Vaccine operations Central Provinces 1886-1899 - 1886-1899
Year: 1886
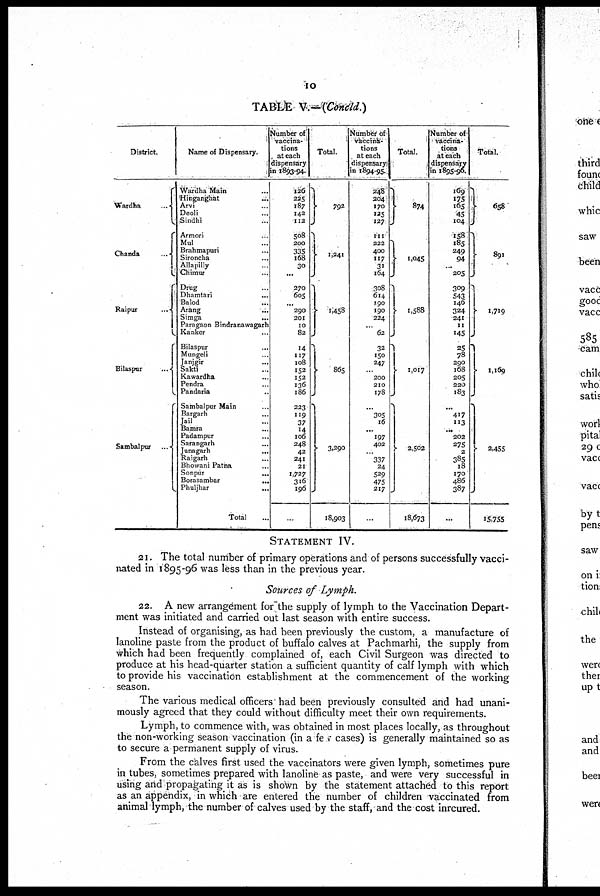
10
TABLE V.—(Concld.)
District.
Wardha
...
Chanda ...
Raipur ...
Bilaspur ...
Sambalpur
...
Name of Dispensary.
Wardha Main ...
Hinganghat ...
Arvi ...
Deoli ...
Sindhi ...
Armori ...
Mul ...
Brahmapuri ...
Sironcha ...
Allapilly ...
Chimur ...
Drug ...
Dhamtari ...
Balod ...
Arang ...
Simga
...
Paragaon Bindranawagarh
Kanker ...
Bilaspur ...
Mungeli ...
Janjgir ...
Sakti ...
Kawardha ...
Pendra ...
Pandaria ...
Sambalpur Main ...
Bargarh ...
Jail ...
Bamra ...
Padampur ...
Sarangarh ...
Junagarh
...
Raigarh ...
Bhowani Patha ...
Sonpur
...
Borasambar
...
Phuljhar ...
Total ...
Number of
vaccina-
tions
at each
dispensary
in 1893-94.
126
225
187
142
112
508
200
335
168
30
...
270
605
...
290
201
10
82
14
117
108
152
152
136
186
223
119
37
14
106
248
42
241
21
1,727
316
196
...
Total.
792
1,241
1,458
865
3,290
18,903
Number of
vaccina-
tions
at each
dispensary
in 1894-95
248
204
170
125
127
111
222
400
117
31
164
308
614
190
190
224
...
62
32
150
247
...
200
210
178
...
305
16
... 197
402
...
337
24
529
475
217
...
Total.
874
1,045
1,588
1,017
2,502
18,673
Number of
Vaccina-
tions
at each
dispensary
in 1895-96.
169
175
165
45
104
158
185
249
94
...
205
309
543
146
324
241
11
145
25
78
220
168
205
220
183
...
417
113
...
202
275
2
385
18
170
486
387
...
Total.
658
891
1,719
1,169
2,455
15,755
STATEMENT IV.
21. The total number of primary operations and of persons successfully vacci-
nated in 1895-96 was less than in the previous year.
Sources of Lymph.
22. A new arrangement for the supply of lymph to the Vaccination Depart-
ment was initiated and carried out last season with entire success.
Instead of organising, as had been previously the custom, a manufacture of
lanoline paste from the product of buffalo calves at Pachmarhi, the supply from
which had been frequently complained of, each Civil Surgeon was directed to
produce at his head-quarter station a sufficient quantity of calf lymph with which
to provide his vaccination establishment at the commencement of the working
season.
The various medical officers had been previously consulted and had unani-
mously agreed that they could without difficulty meet their own requirements.
Lymph, to commence with, was obtained in most places locally, as throughout
the non-working season vaccination (in a few cases) is generally maintained so as
to secure a permanent supply of virus.
From the calves first used the vaccinators were given lymph, sometimes pure
in tubes, sometimes prepared with lanoline as paste, and were very successful in
using and propagating it as is shown by the statement attached to this report
as an appendix, in which are entered the number of children vaccinated from
animal lymph, the number of calves used by the staff, and the cost inrcured.